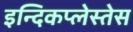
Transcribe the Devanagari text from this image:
इन्दिकप्लेस्तेस